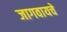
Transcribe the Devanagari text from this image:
जागवायचे